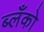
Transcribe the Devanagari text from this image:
ब्लँको